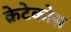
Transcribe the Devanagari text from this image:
क्रेटेकोस